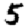
Digit: 5